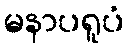
မနာပရူပံ